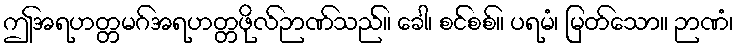
ဤအရဟတ္တမဂ်အရဟတ္တဖိုလ်ဉာဏ်သည်။ ခေါ၊ စင်စစ်။ ပရမံ၊ မြတ်သော။ ဉာဏံ၊